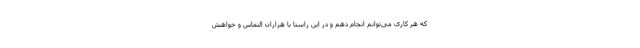
که هر کاری می‌توانم انجام دهم و در این راستا با هزاران التماس و خواهش